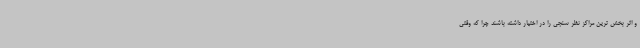
و اثر بخش ترین مراکز نظر سنجی را در اختیار داشته باشند چرا که وقتی